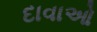
દાવાઓ